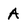
Character: A